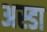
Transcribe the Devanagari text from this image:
अस्डा